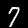
Digit: 7